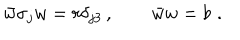
\bar { w } \sigma _ { j } w = r \delta _ { j 3 } \, , \qquad \bar { w } w = b \, \, .